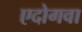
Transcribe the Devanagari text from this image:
एदोगवा